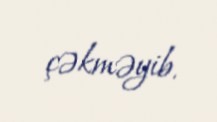
çəkməyib.